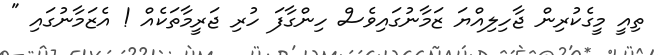
ތިއީ މީގެކުރިން ޖާހިލިއްޔަ ޒަމާނުގައިވެސް ހިންގާފަ ހުރި ޖަރީމާތަކެއް ! އެޒަމާނުގައި "